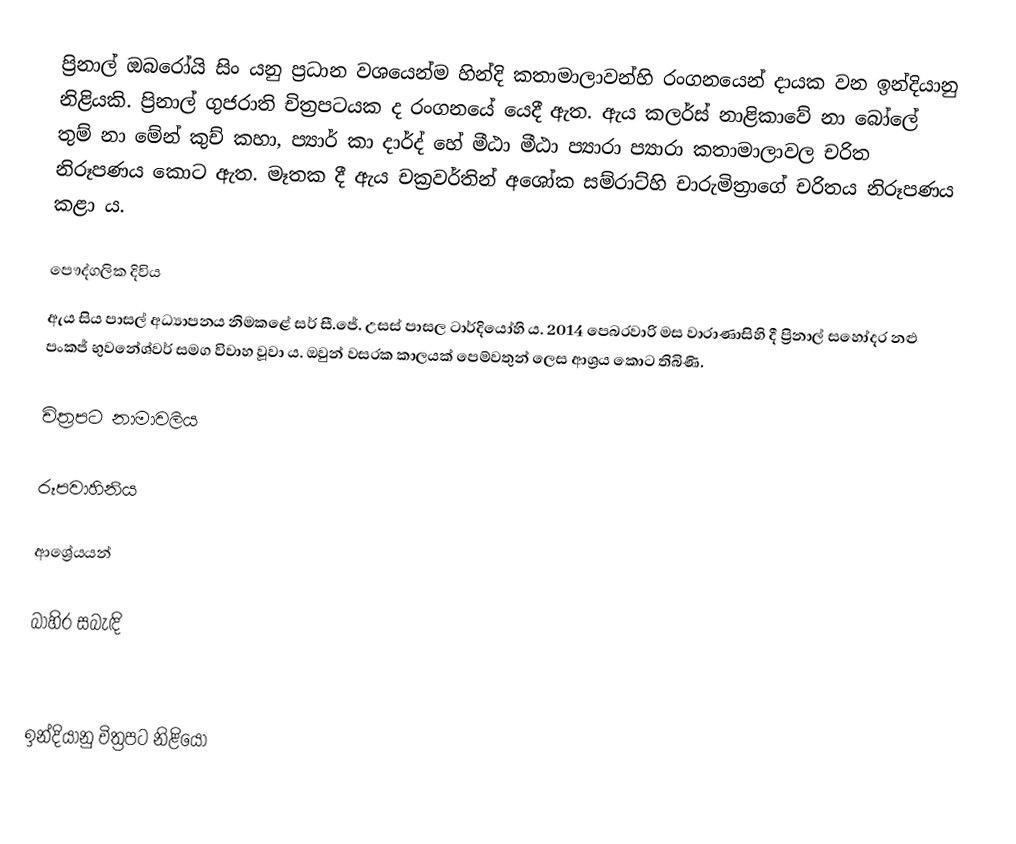
ප්‍රිනාල් ඔබරෝයි සිං යනු ප්‍රධාන වශයෙන්ම හින්දි කතාමාලාවන්හි රංගනයෙන් දායක වන ඉන්දියානු නිළියකි. ප්‍රිනාල් ගුජරාති චිත්‍රපටයක ද රංගනයේ යෙදී ඇත. ඇය කලර්ස් නාළිකාවේ නා බෝලේ තුම් නා මේන් කුච් කහා, ප්‍යාර් කා දාර්ද් හේ මීඨා මීඨා ප්‍යාරා ප්‍යාරා කතාමාලාවල චරිත නිරූපණය කොට ඇත. මෑතක දී ඇය චක්‍රවර්තින් අශෝක සම්රාට්හි චාරුමිත්‍රාගේ චරිතය නිරූපණය කළා ය.

පෞද්ගලික දිවිය
ඇය සිය පාසල් අධ්‍යාපනය නිමකළේ සර් සී.ජේ. උසස් පාසල ටාර්දියෝහි ය. 2014 පෙබරවාරි මස වාරාණාසිහි දී ප්‍රිනාල් සහෝදර නළු පංකජ් භුවනේශ්වර් සමග විවාහ වූවා ය. ඔවුන් වසරක කාලයක් පෙම්වතුන් ලෙස ආශ්‍රය කොට තිබිණි.

චිත්‍රපට නාමාවලිය

රූපවාහිනිය

ආශ්‍රේයයන්

බාහිර සබැඳි

ඉන්දියානු චිත්‍රපට නිළියෝ